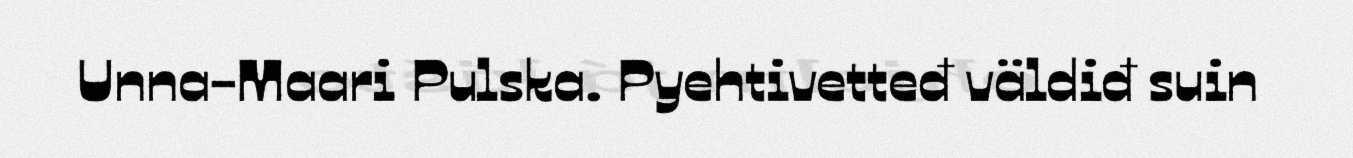
Unna-Maari Pulska. Pyehtivetteđ väldiđ suin